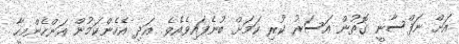
އަށް ނަފްސާނީ ގޮތުން އަސަރު ކުރި ކަމަށް ބުނެފައިވެއެވެ. އަދި އެހެންކަމުން އަންހެންމީހާ